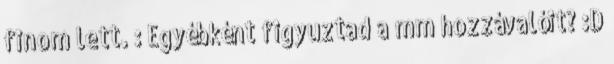
finom lett. : Egyébként figyuztad a mm hozzávalóit? :D